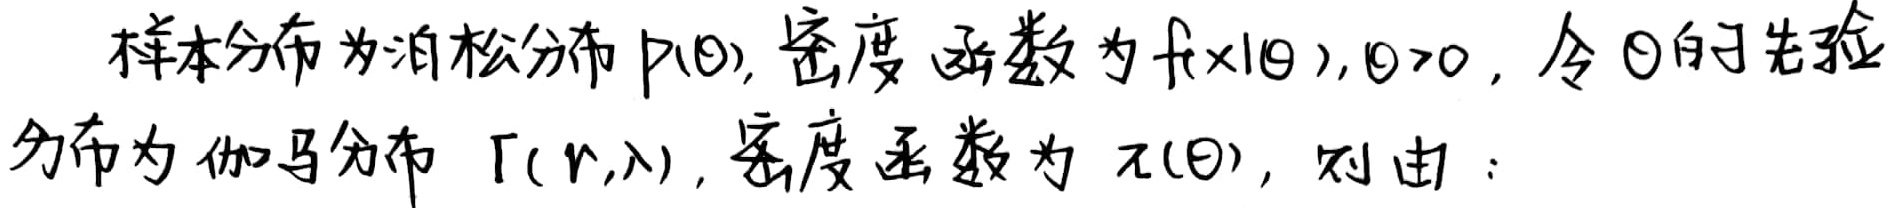
样本分布为泊松分布 \(P(\theta)\)，密度函数为 \(f(x|\theta)\)，\(\theta>0\)，令 \(\theta\) 的先验分布为伽马分布 \(\Gamma(r,\lambda)\)，密度函数为 \(\pi(\theta)\)，则由：